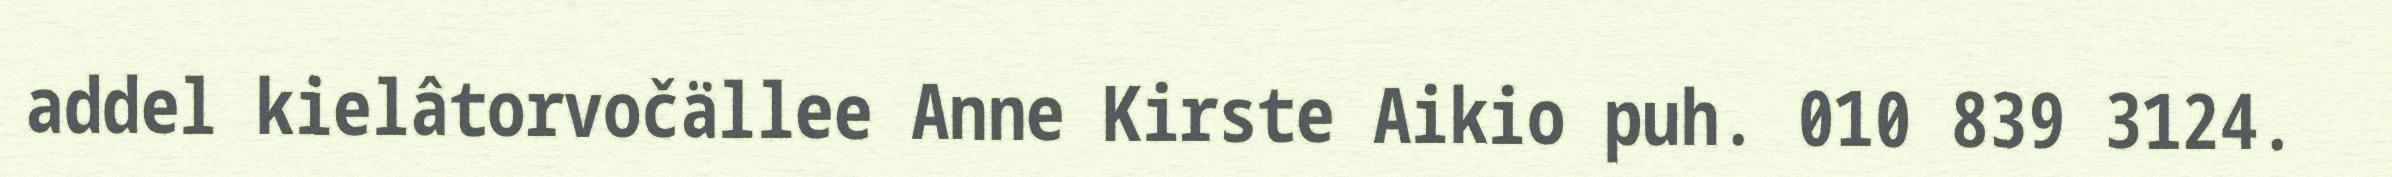
addel kielâtorvočällee Anne Kirste Aikio puh. 010 839 3124.